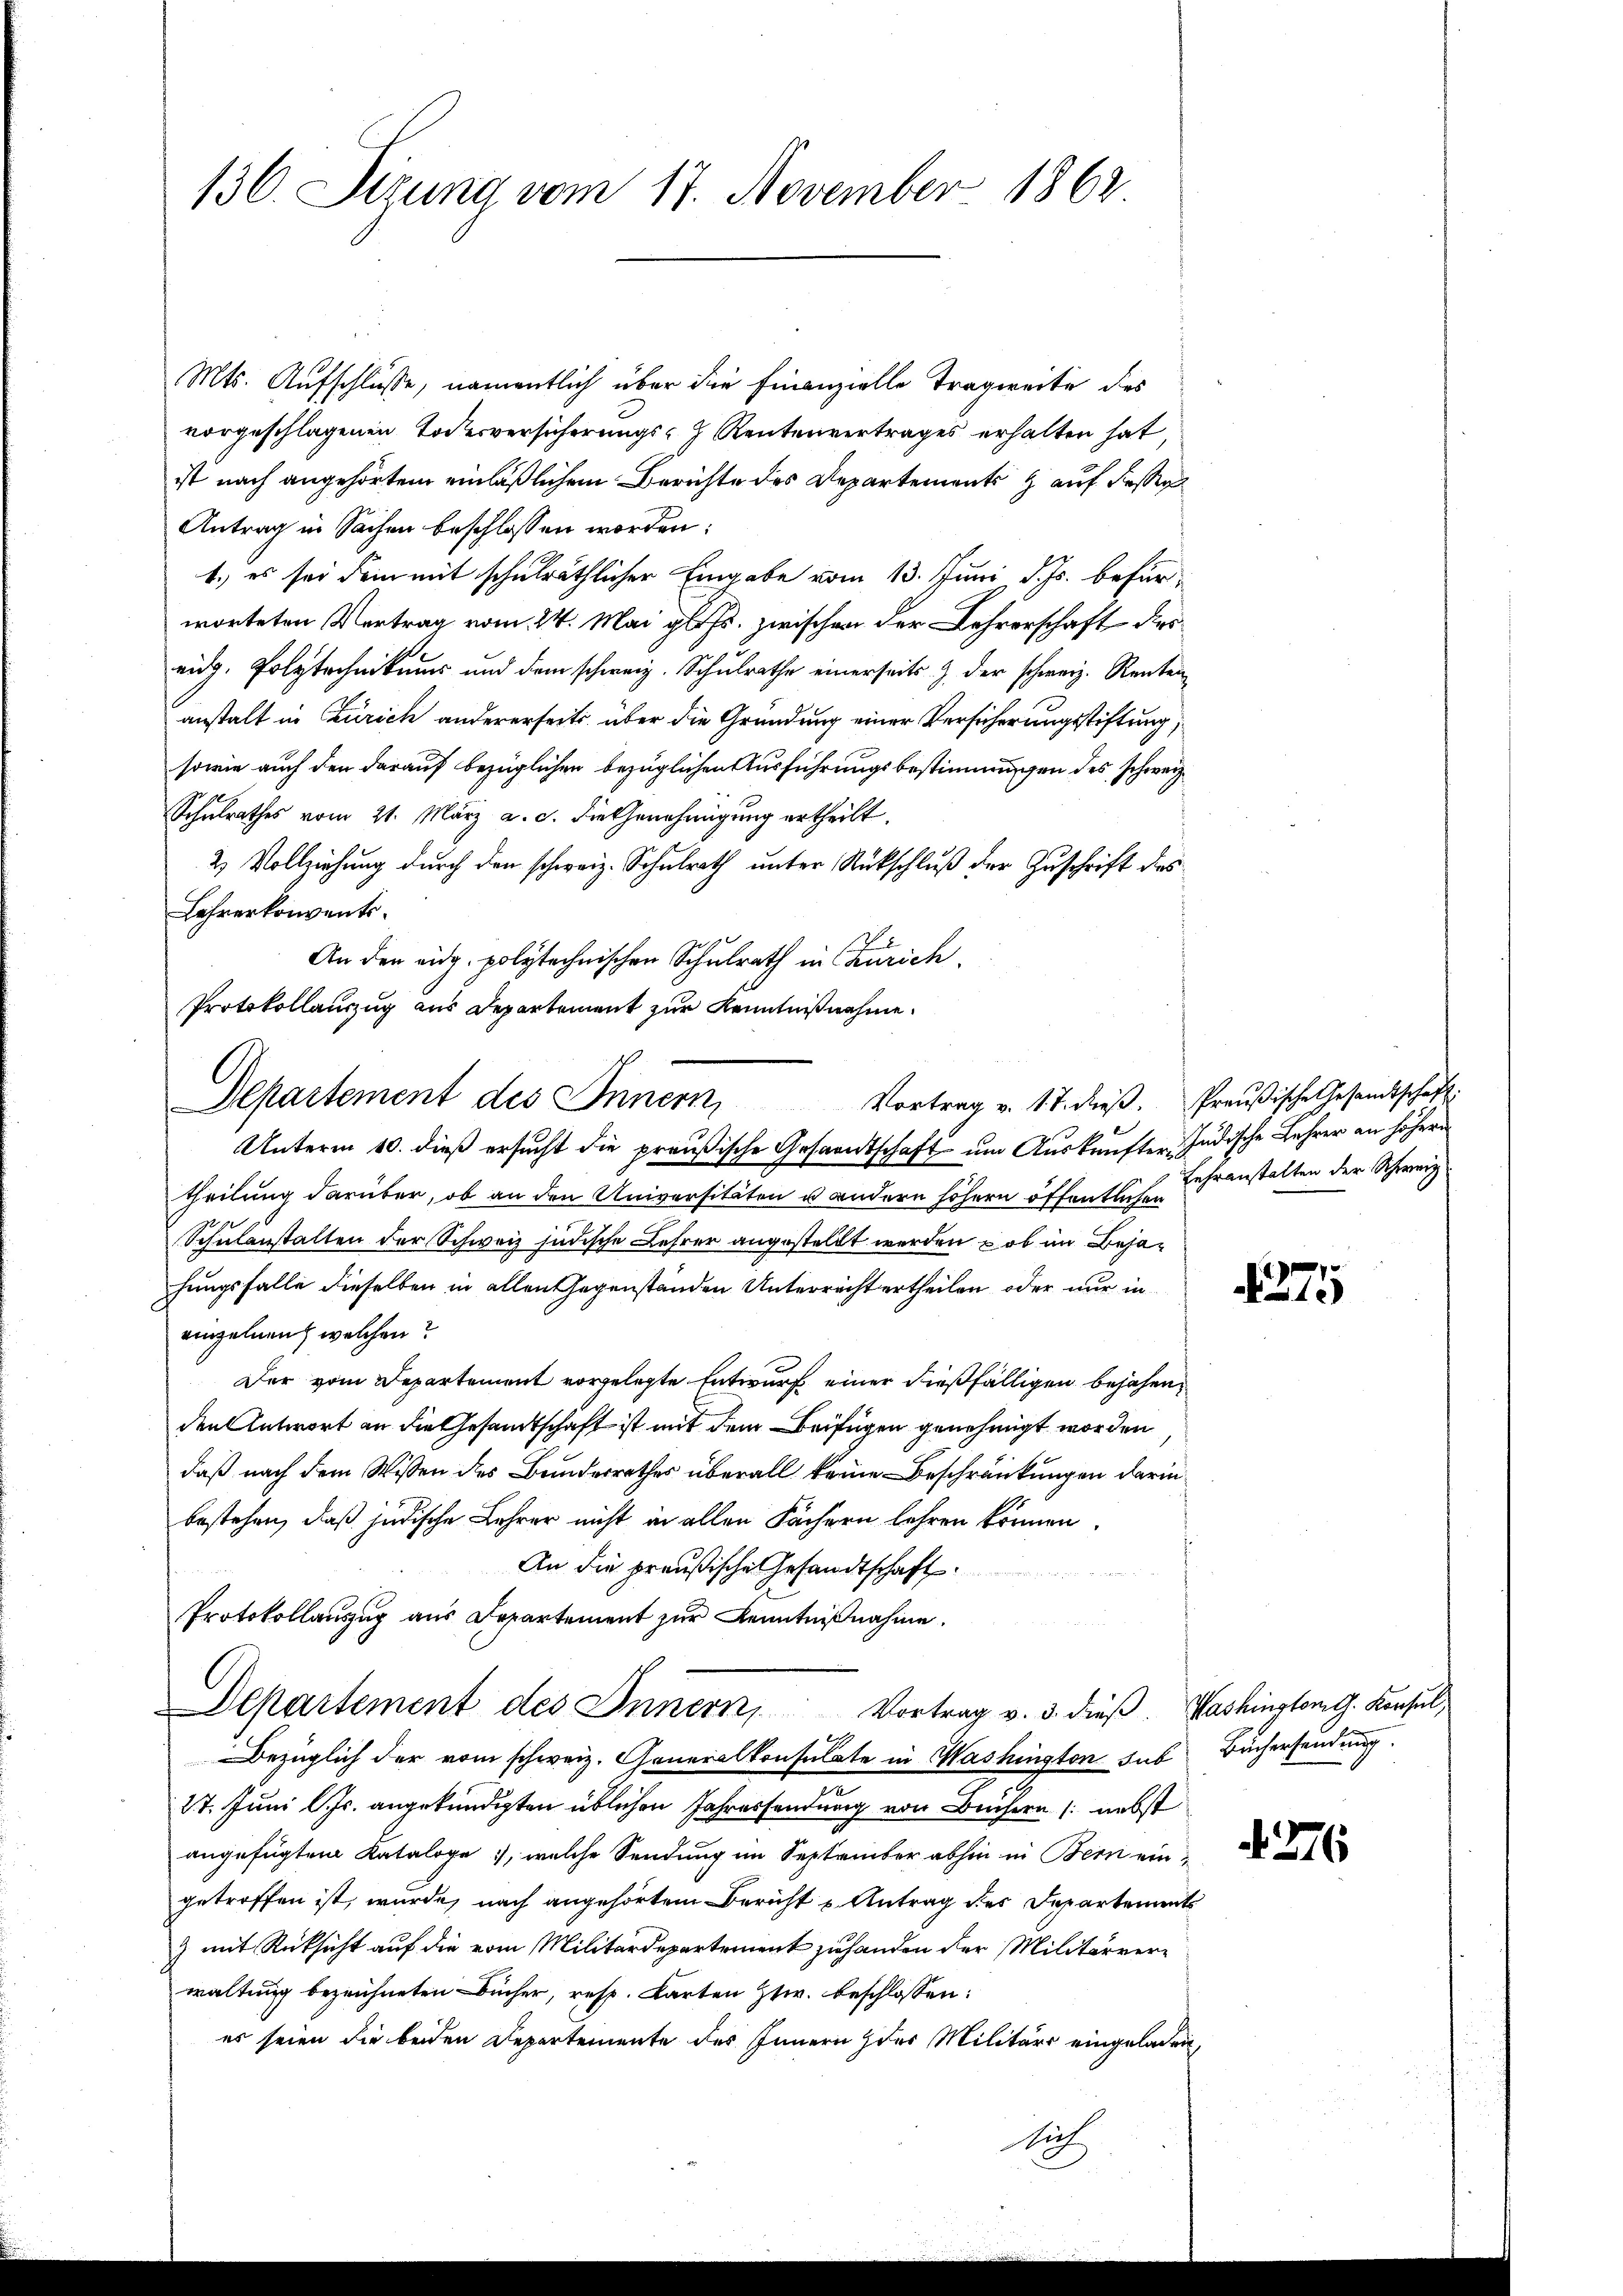
136. Stzung vom 17. November 1862

Mts. Aufschlüsse, namentlich über die Finanzielle Tragweite des
vorgeschlagenen Todesversicherungs- Rentenvertrages erhalten hat,
ist nach angehörtem einläßlichem Berichte des Departements & auf Fessen
Antrag in Sachen beschlossen worden:
1.) es sei dein mit schulräthlicher Eingabe vom 13. Juni d. Js. befürworteten Vertrag vom 24. Mai gl. Js. zwischen der Lehrerschaft dies
eidg. Polytechnikums und dem schweiz. Schulrathe einerseits & der schweiz. Rentenanstalt in Zürich andererseits über die Gründung einer Versicherungsstiftung,
sowie auch den darauf bezüglichen bezüglichen Ausführungsbestimmungen des schweiz
Schŭlrathes vom 21. März a. c. die Genehmigŭng ertheilt.
2 Vollziehung durch den schweiz. Schulrath unter Rückschluß der Zuschrift des
Lehrerkonvents.
An den eidg. polytechnischen Schulrath in Zürich.
Protokollauszug aus Departement zur Kenntnißnahme.
theilung darüber, ob an den Universitäten u andern höhern öffentlichen
Schulanstalten der Schweiz jüdische Lehrer angestellt werden, ob im Behahungsfalle dieselben in allen Gegenständen Unterrecht ertheilen, oder nur in
einzelnen welchen?
Der vom Departement vorgelegte Entwurf einer dießfälligen bejahen,
den Antwort an die Gesandtschaft ist mit dem Beifügen genehmigt worden
daß nach dem Wissen des Bundesrathes überall keine Beschränkungen darin
bestehen, daß jüdische Lehrer nicht in allen Fächern lehren können.
An die preußische Gesandtschaft
e
Protokollauszug aus Departement zur Kenntnißnahme.
Departement des Innern, Vortrag v. 3. dieß. Washinsten G. Konsul
Bezüglich der vom schweiz. Generalkonsulate in Washingten das Büchersendung.
27. Juni lJs. angekündigten üblichen Jahressendung von Büchern (nebst
angefügten Kataloge, welche Sendung im September abhin in Bern eingetroffen ist, wurde, nach angehörtem Bericht u Antrag des Departements
) mit Rücksicht auf die vom Militärdepartement zu handen der Militärverwaltung bezeichneten Bücher, resp. Karten Ztw. beschlossen:
es seien die beiden Departemente des Innern & des Militärs eingeladen,

Departement des Innern,
Unterm 10. dieß ersucht die preußische Gesandtschaft um Auskünfter Jüdische Lehrer an höhern

Nich

Vortrag v. 17. dieβ. Preußische Gesandtschaft
Lehranstalten der Schweiz

4275

276